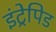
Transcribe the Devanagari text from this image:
इंट्रेपिड